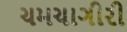
ચમચાગીરી